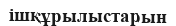
ішқұрылыстарын